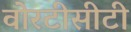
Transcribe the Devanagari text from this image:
वोरटीसीटी